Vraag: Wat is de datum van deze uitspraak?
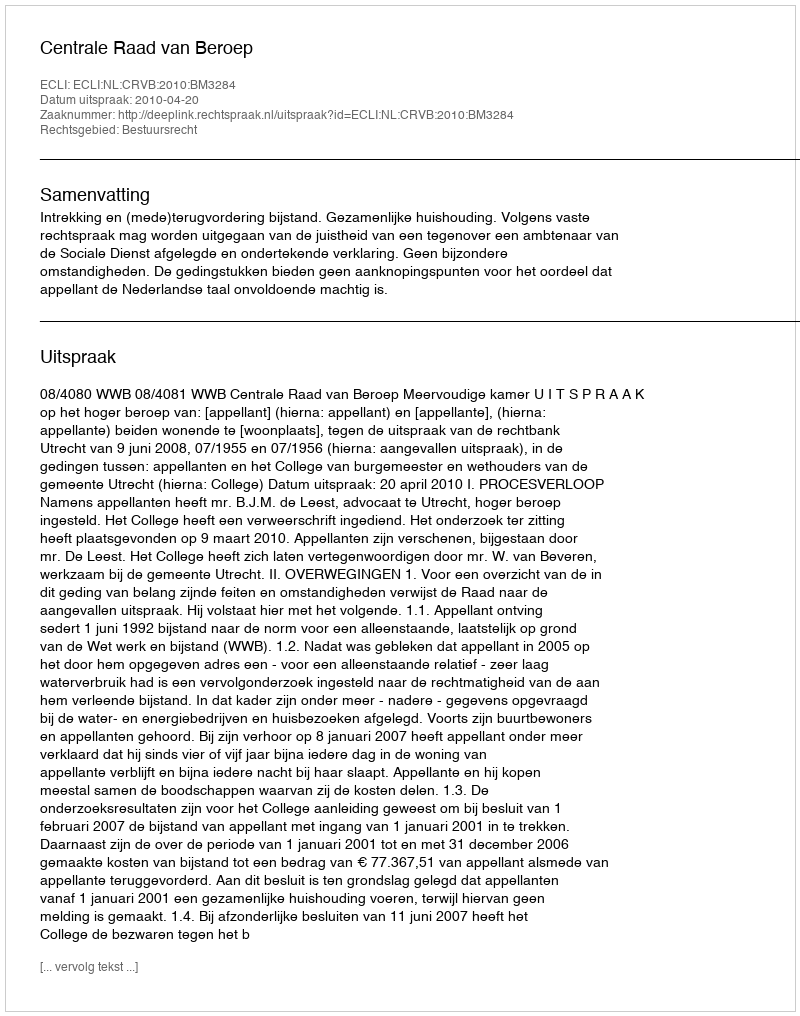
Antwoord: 2010-04-20